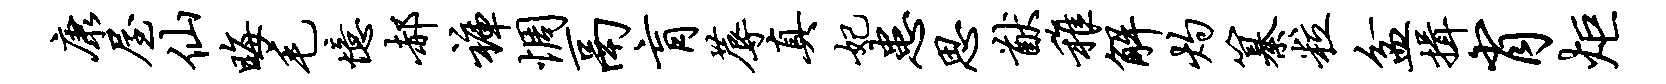
康屋仙晦毛忆郝裤惆鬲肓蓐真妃患思猷稚解灼纂粒盆揖肖炬